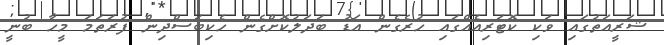
ޝަރީއަތުގައި ވަކި ކޮޓަރިއެއްގައި ހުރެގެން އަޑު ބަދަލުކޮށްގެން ހެކިބަސްދިން ފުރަތަމަ މީހާ ބުނީ